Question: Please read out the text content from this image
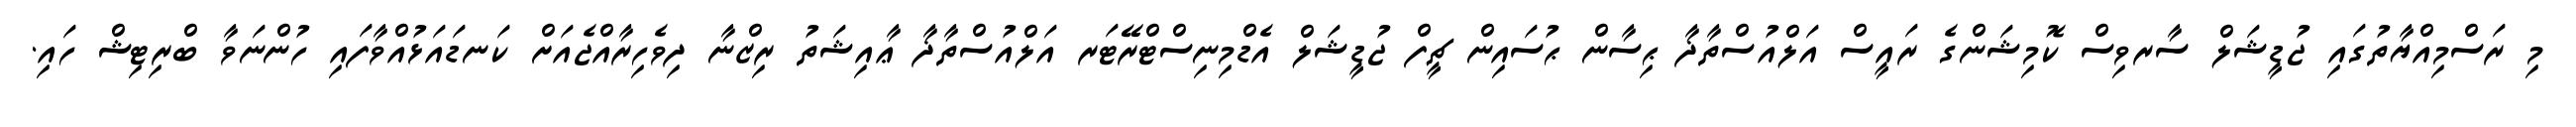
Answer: މި ރަސްމިއްޔާތުގައި ޖުޑީޝަލް ސާރވިސް ކޮމިޝަންގެ ރައީސް އަލްއުސްތާޛާ ޙިސާން ޙުސައިން ޗީފް ޖުޑީޝަލް އެޑްމިނިސްޓްރޭޓަރ އަލްއުސްތާޛާ ޢާއިޝަތު ރިޒްނާ ދިވެހިރާއްޖެއަށް ކަނޑައަޅުއްވާފައި ހުންނަވާ ބްރިޓިޝް ހައި.